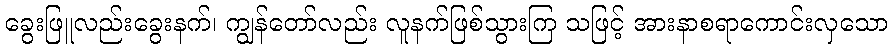
ခွေးဖြူလည်းခွေးနက်၊ ကျွန်တော်လည်း လူနက်ဖြစ်သွားကြ သဖြင့် အားနာစရာကောင်းလှသော